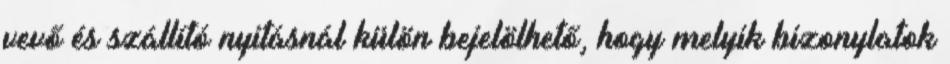
vevő és szállító nyitásnál külön bejelölhető, hogy melyik bizonylatok